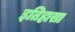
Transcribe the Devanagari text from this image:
इतिहासा